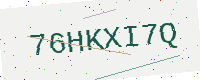
Text: 76HKXI7Q